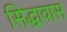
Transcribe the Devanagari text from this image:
सिद्धावास